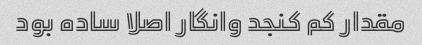
مقدار کم کنجد وانگار اصلا ساده بود